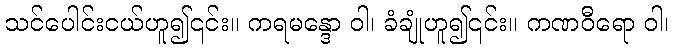
သင်ပေါင်းငယ်ဟူ၍၎င်း။ ကရမန္ဒော ဝါ၊ ခံချုံဟူ၍၎င်း။ ကဏဝီရော ဝါ၊